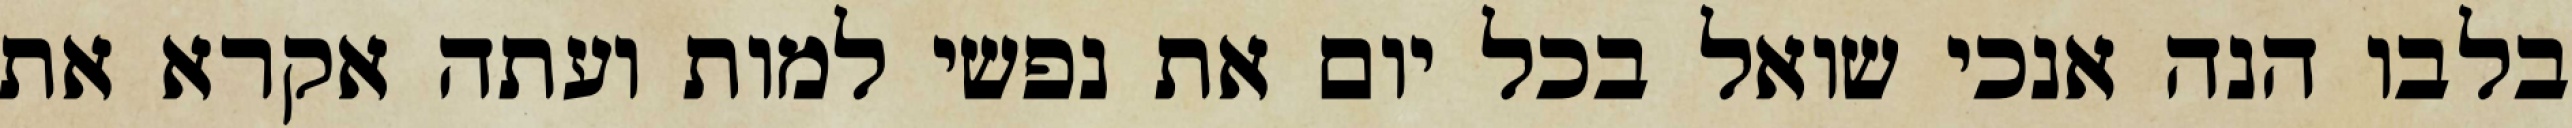
בלבו הנה אנכי שואל בכל יום את נפשי למות ועתה אקרא את